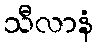
သီလာနံ